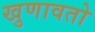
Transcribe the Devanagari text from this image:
खुणावतो